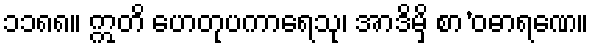
၁၁၈၈။ ဣတိ ဟေတုပကာရေသု၊ အာဒိမှိ စာ’ဝဓာရဏေ။